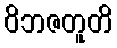
ဝိဘဇတူတိ